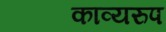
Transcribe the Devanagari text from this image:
काव्यरुप